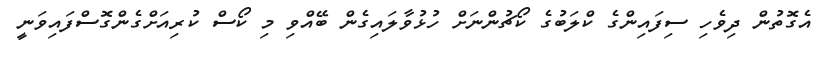
އެގޮތުން ދިވެހި ސިފައިންގެ ކްލަބުގެ ކޯޗުންނަށް ހުޅުވާލައިގެން ބޭއްވި މި ކޯސް ކުރިއަށްގެންގޮސްފައިވަނީ